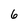
Character: 6